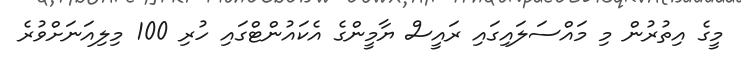
މީގެ އިތުރުން މި މައްސަލައިގައި ރައީސް ޔާމީންގެ އެކައުންޓްގައި ހުރި 100 މިލިއަނަށްވުރެ